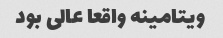
ویتامینه واقعا عالی بود